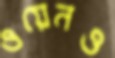
ওয়েনও